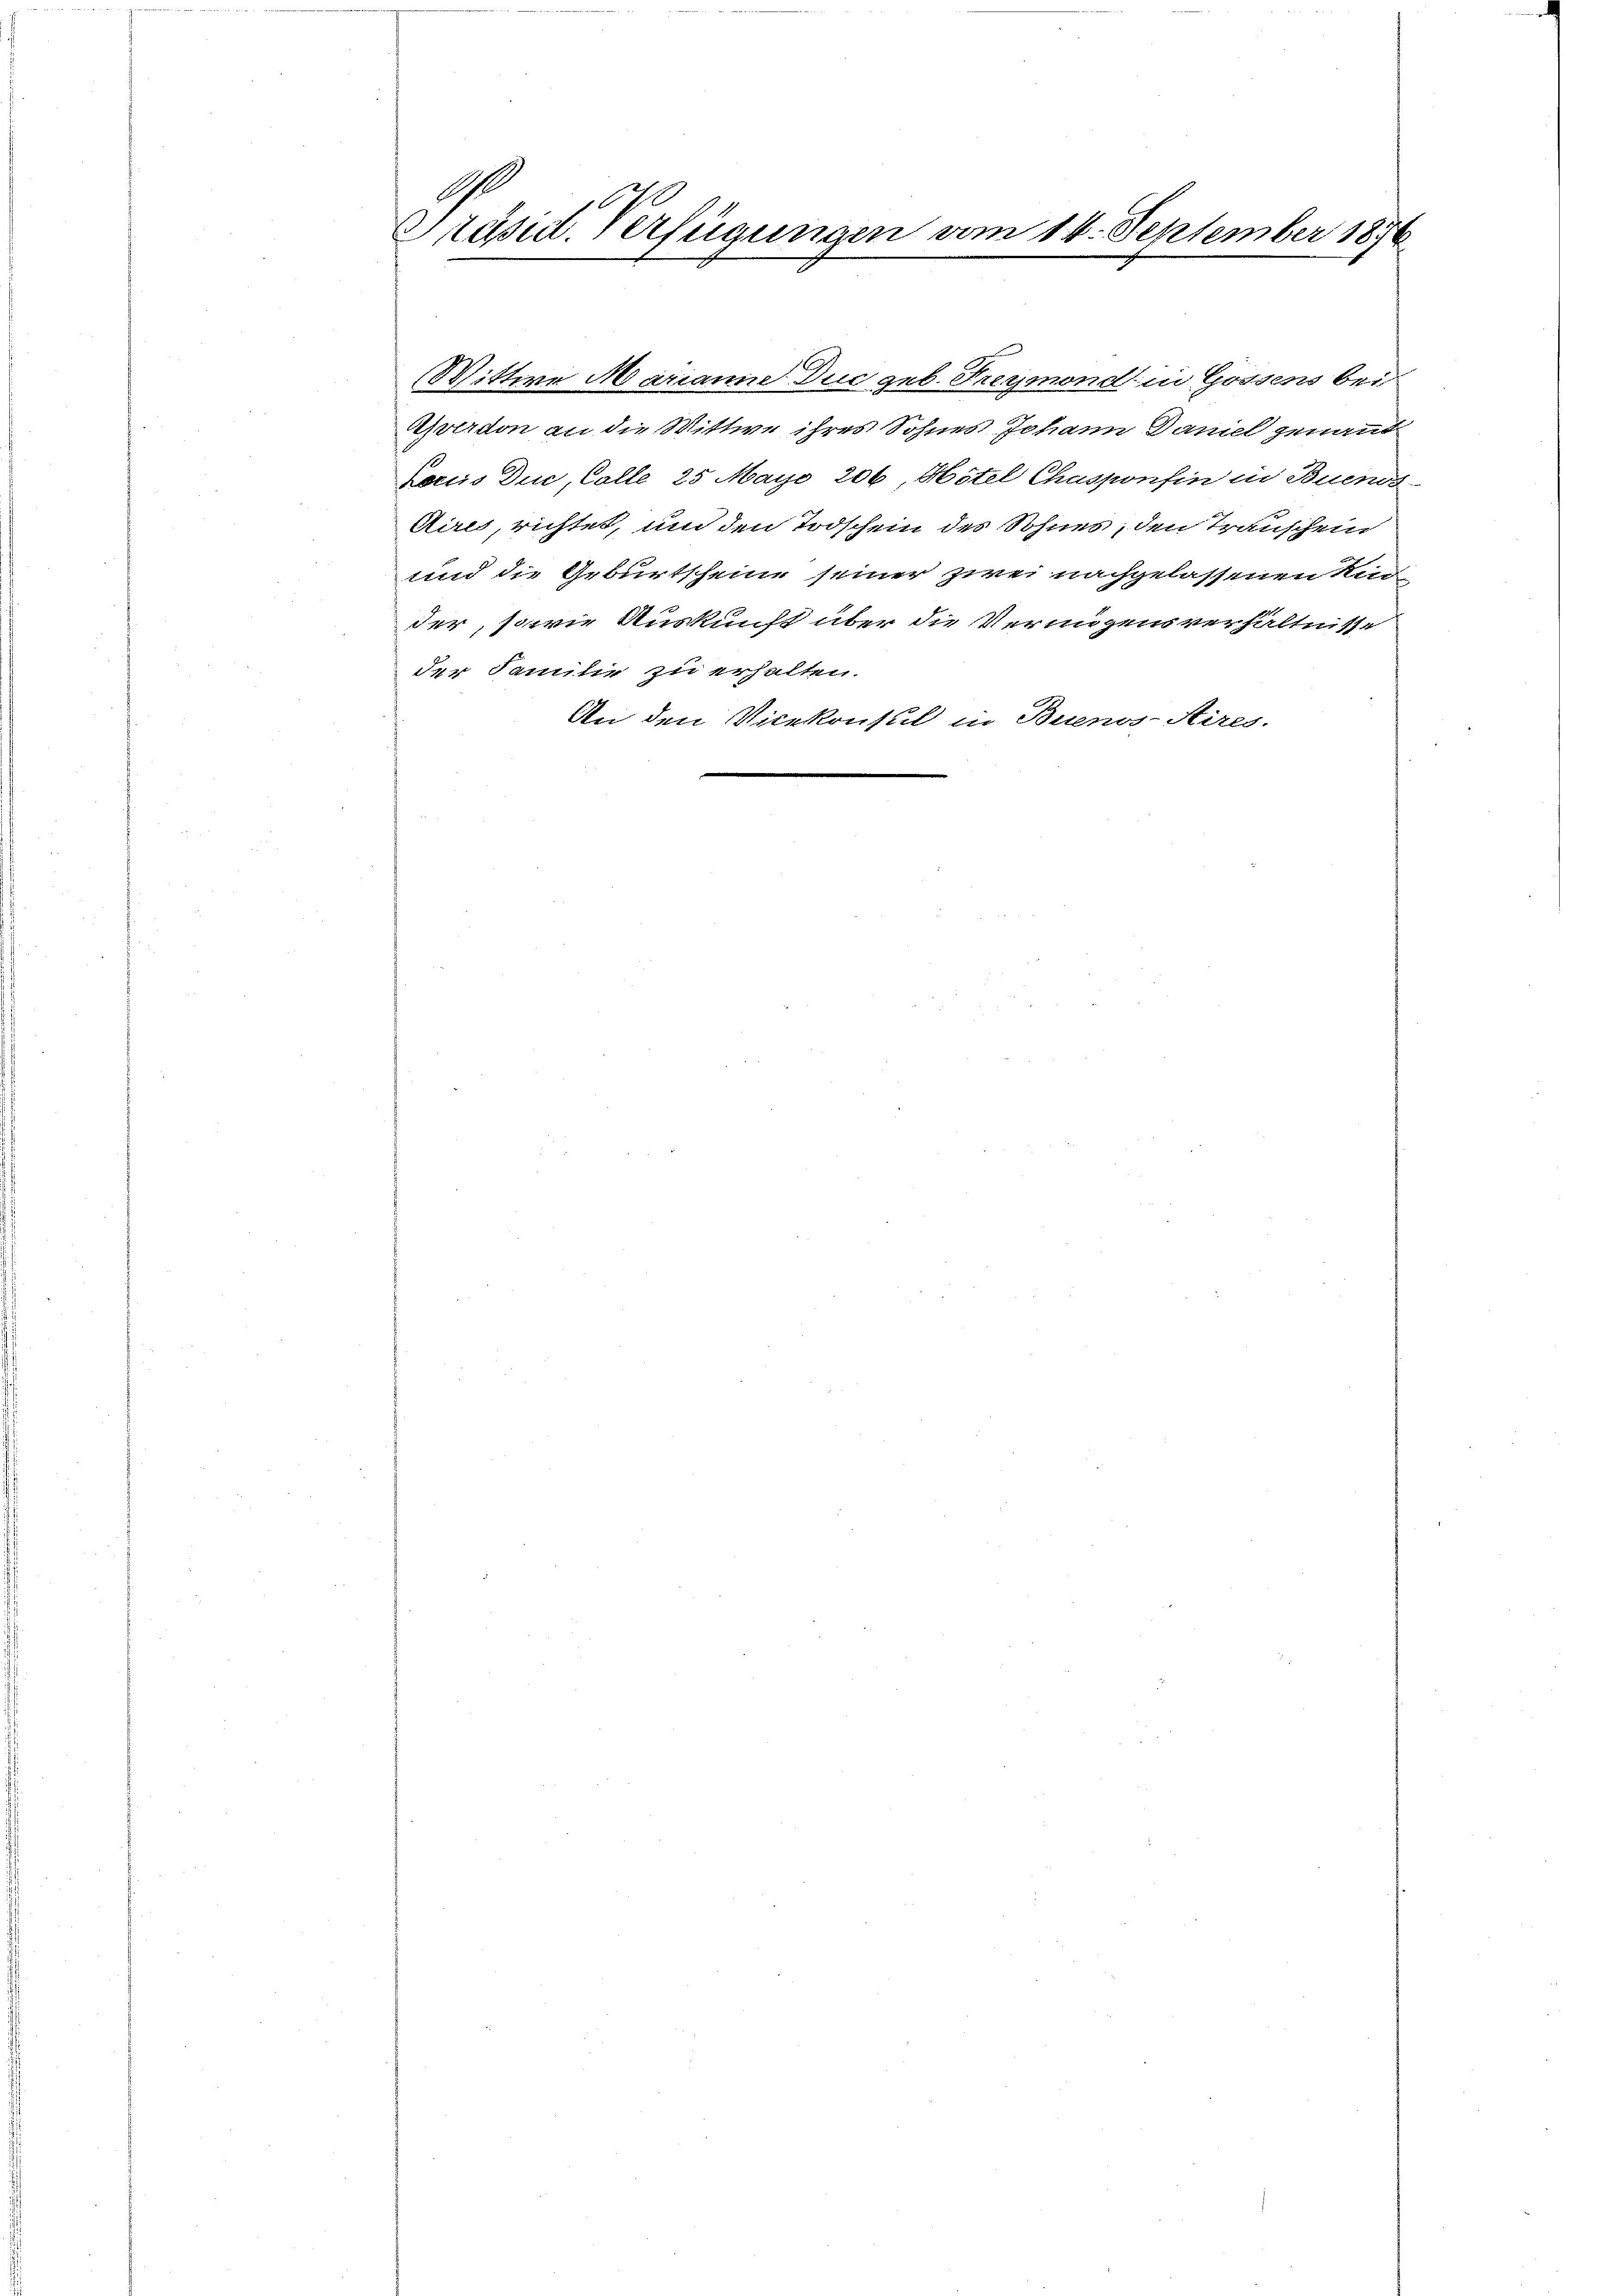
A
1090
Präsid. Verfügungen vom 14. September 1876

Wittwe Marianne Duc geb. Freymond in Gossens bei
Averdon an die Wittwe ihres Sohnes Johann Daniel genant
Lociis Duc, Colle 25 May 206, Hotel Chasponfin in Buenos
Aires, richtet, um den Todschein des Sohnes, den Transchein
und die Geburtscheine seiner zwei nachgelassenen Kind
der, sowie Auskunft über die Vermögensverhältnisse
der Familie zu erhalten.
An den Vicekonsul in Buenos-Aires.